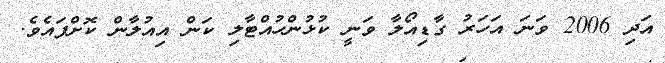
އަދި 2006 ވަނަ އަހަރު ގާޑިއޯލާ ވަނީ ކުޅުންހުއްޓާލި ކަން އިއުލާން ކޮށްފައެވެ.